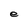
Character: e